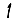
Digit: 1